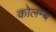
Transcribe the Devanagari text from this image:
कोलम्ब